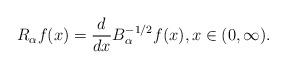
LaTeX: \begin{align*}R_\alpha f(x)=\frac{d}{dx} B_\alpha^{-1/2}f(x), x\in (0,\infty).\end{align*}